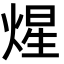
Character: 煋